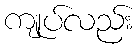
ကျုပ်လည်း